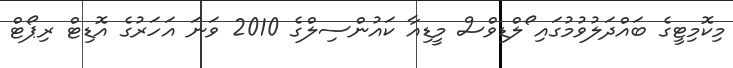
މިކޮމިޓީގެ ބައްދަލުވުމުގައި ޯލްޑިވްސް މީޑިއާ ކައުންސިލްގެ 2010 ވަނަ އަހަރުގެ އޮޑިޓް ރިޕޯޓް